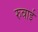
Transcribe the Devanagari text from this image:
रुवाई